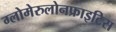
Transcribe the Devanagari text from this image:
ग्लोमेरुलोनफ्राइटिस